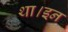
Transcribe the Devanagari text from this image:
था।इन